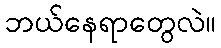
ဘယ်နေရာတွေလဲ။